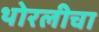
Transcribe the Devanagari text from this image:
थोरलीचा